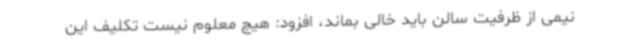
نیمی از ظرفیت سالن باید خالی بماند، افزود: هیچ معلوم نیست تکلیف این